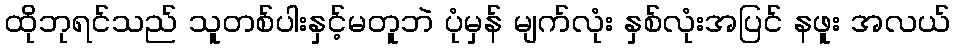
ထိုဘုရင်သည် သူတစ်ပါးနှင့်မတူဘဲ ပုံမှန် မျက်လုံး နှစ်လုံးအပြင် နဖူး အလယ်